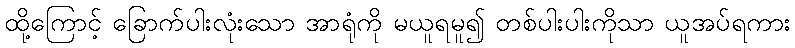
ထို့ကြောင့် ခြောက်ပါးလုံးသော အာရုံကို မယူရမူ၍ တစ်ပါးပါးကိုသာ ယူအပ်ရကား